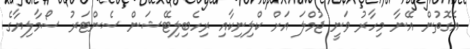
އެގޮތުން އޭނާ މިހާރު ވަނީ ޖުމްލަ އަށް ކްލިނިކާއި ރިހެބިލިޓޭޝަން ސެންޓަރު ސޯމާލިޔާގެ